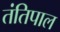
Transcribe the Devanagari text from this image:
तंतिपाल